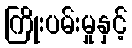
ကြိုးပမ်းမှုနှင့်